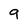
Character: g